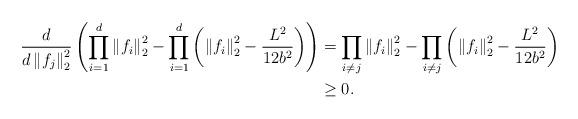
LaTeX: \begin{align*} \frac{d}{d\left\|f_j\right\|_2^2 }\left( \prod_{i=1}^d\left\|f_i\right\|_2^2 - \prod_{i=1}^d\left(\left\| f_i\right\|_2^2 - \frac{L^2}{12b^2} \right)\right) &= \prod_{i\neq j} \left\|f_i\right\|_2^2 - \prod_{i\neq j} \left(\left\| f_i\right\|_2^2 - \frac{L^2}{12b^2} \right)\\ &\ge 0. \end{align*}